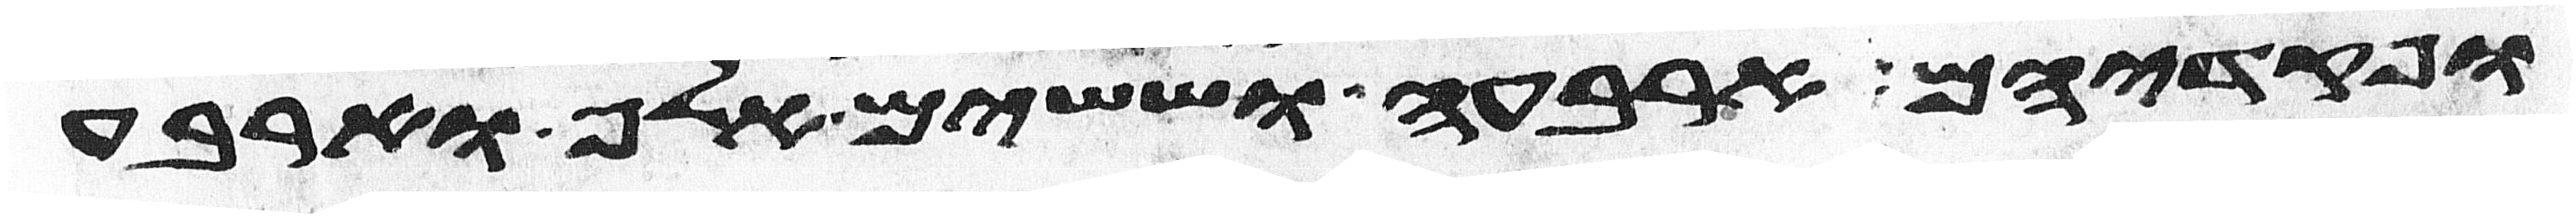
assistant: ופקדיהם ארבעה וששים אלף וארבע